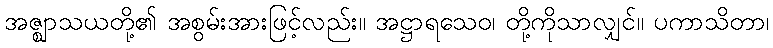
အဇ္ဈာသယတို့၏ အစွမ်းအားဖြင့်လည်း။ အဋ္ဌာရသေဝ၊ တို့ကိုသာလျှင်။ ပကာသိတာ၊